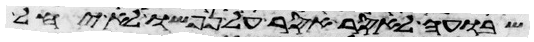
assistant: שבועה לאסר אסר על נפשו לא יחל